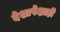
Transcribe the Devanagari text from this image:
देशापेक्षाही